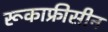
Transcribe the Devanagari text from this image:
रूकाफ्रीसीन